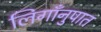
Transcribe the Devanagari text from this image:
लिगाँनुपात